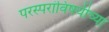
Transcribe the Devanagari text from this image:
परस्परांविषयीच्या